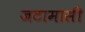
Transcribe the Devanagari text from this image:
जटामासी